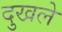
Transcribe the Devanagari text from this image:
दुखले